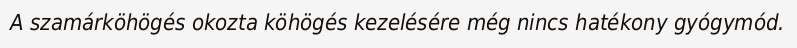
A szamárköhögés okozta köhögés kezelésére még nincs hatékony gyógymód.